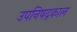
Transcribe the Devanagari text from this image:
उपनिषद्काल